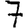
Digit: 7